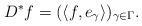
LaTeX: \begin{align*}D^* f = (\langle f, e_\gamma \rangle )_{\gamma \in \Gamma}.\end{align*}